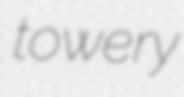
towery